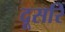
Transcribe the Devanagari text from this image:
दूसरि